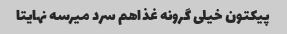
پیکتون خیلی گرونه غذاهم سرد میرسه نهایتا